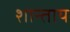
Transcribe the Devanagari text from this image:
शान्ताय